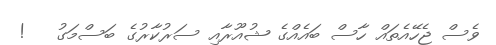
ވެސް ޖެހޭއެތައް ހާސް ބައެއްގެ ޝުއޫރާއި ސަރުކާރުގެ ބަސްމަގު   !